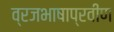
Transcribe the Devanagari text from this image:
व्रजभाषाप्रवीण